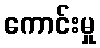
ကောင်းမှု